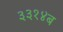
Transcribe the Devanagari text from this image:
३३१४ब